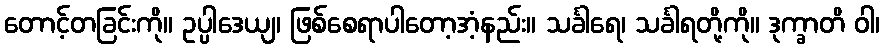
တောင့်တခြင်းကို။ ဥပ္ပါဒေယျ၊ ဖြစ်စေရာပါတော့အံ့နည်း။ သင်္ခါရေ၊ သင်္ခါရတို့ကို။ ဒုက္ခာတိ ဝါ၊